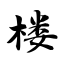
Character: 楼